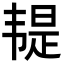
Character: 𩏿